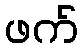
ဖက်